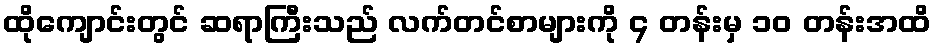
ထိုကျောင်းတွင် ဆရာကြီးသည် လက်တင်စာများကို ၄ တန်းမှ ၁၀ တန်းအထိ